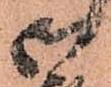
御